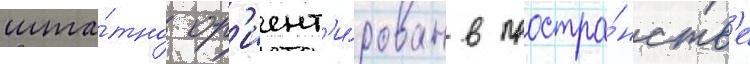
шта́тно ор'иент'и́рован в простра́нств'е